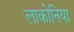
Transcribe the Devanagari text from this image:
लाकोनिया